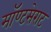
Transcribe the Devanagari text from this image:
मॉण्टसेराट